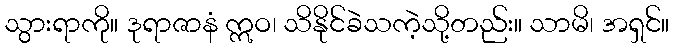
သွားရာကို။ ဒုရာဇာနံ ဣဝ၊ သိနိုင်ခဲသကဲ့သို့တည်း။ သာမိ၊ အရှင်။